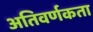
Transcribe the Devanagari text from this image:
अतिवर्णकता